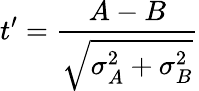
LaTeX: t^{\prime}=\frac{A-B}{\sqrt{\sigma_{A}^{2}+\sigma_{B}^{2}}}